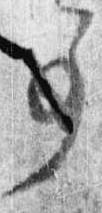
事